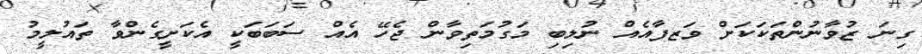
ގިނަ ޒުވާނުންތަކަކަށް ވަޒފާއެއް ނުލިބި މަގުމަތިވާން ޖެހޭ އެއް ސަބަބަކީ އެކަށީގެންވާ ތައުލީމު